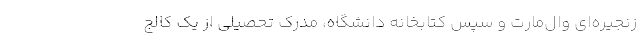
زنجیره‌ای وال‌مارت و سپس کتابخانه دانشگاه، مدرک تحصیلی از یک کالج